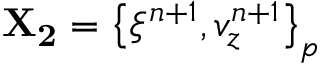
\mathbf { X _ { 2 } } = \left\{ \xi ^ { n + 1 } , v _ { z } ^ { n + 1 } \right\} _ { p }